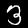
Label: 3